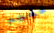
عليم